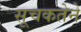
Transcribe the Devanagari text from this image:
सूचकतेने